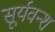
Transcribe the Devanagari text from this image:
सूर्यवन्श